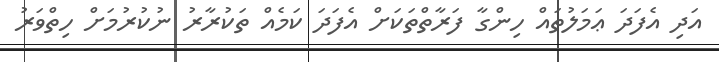
އަދި އެފަދަ ޢަމަލުތައް ހިންގާ ފަރާތްތަކަށް އެފަދަ ކަމެއް ތަކުރާރު ނުކުރުމަށް ހިތްވަރު